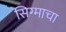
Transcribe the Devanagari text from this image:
सिग्माचा